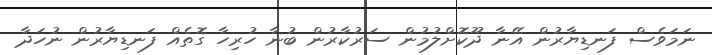
ނަމަވެސް ފަނޑިޔާރުން އޭނާ ދޫކޮށްލުމުން ސަރުކާރުން ބުނާ ހުރިހާ ގޮތެއް ފަނޑިޔާރުން ނުހަދާ